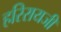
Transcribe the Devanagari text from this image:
हरिरायजी